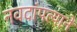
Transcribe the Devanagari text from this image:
नवदांपत्याने